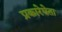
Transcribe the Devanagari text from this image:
प्रकारेघेता